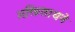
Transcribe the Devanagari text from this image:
भक्तिसाधने